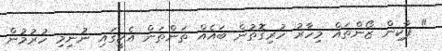
" ޕާކިން ޒޯންތައް މިހާރު ހުރިގޮތުން ބައެއް ތަންތަން އެކީގައި ނުނިމި ހުރުމުން